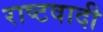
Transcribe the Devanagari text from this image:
राष्टवादी